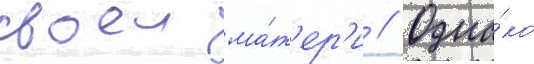
своеи ма́т'ер'и // Одна́ко